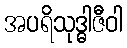
အပရိသုဒ္ဓါဇီဝါ